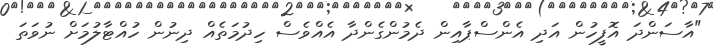
"އާސަންދަ އޮފީހުން އަދި އެންސްޕާއިން ދެމުންގެންދާ އެއްވެސް ހިދުމަތެއް ދިނުން ހުއްޓާލުމަށް ނުވަތަ